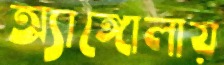
অ্যাঙ্গোলায়